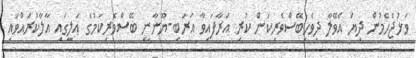
ވަޅުޖެހެމުން ދިޔަ އެވޭލާ ދިވެހިބޭސްވެރިކަން ކުރި އަރާފައިވާ އަރަބި-ޔޫނާނީ ބޭސްވެރިކަމުގެ އަލީގައި އާލާކުރައްވައި